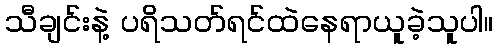
သီချင်းနဲ့ ပရိသတ်ရင်ထဲနေရာယူခဲ့သူပါ။